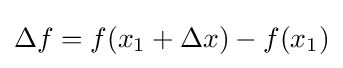
\Delta f=f(x_{1}+\Delta x)-f(x_{1})